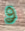
و